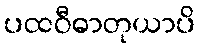
ပထဝီဓာတုယာပိ